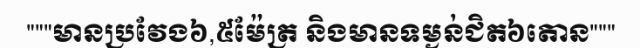
"""មានប្រវែង៦,៥ម៉ែត្រ និងមានទម្ងន់ជិត៦តោន"""